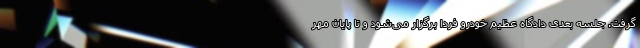
گرفت. جلسه بعدی دادگاه عظیم خودرو فردا برگزار می‌شود و تا پایان مهر